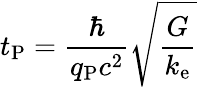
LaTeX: t_{\mathrm{P}}={\frac{\hbar}{q_{\mathrm{P}}c^{2}}}{\sqrt{\frac{G}{k_{\mathrm{e}}}}}